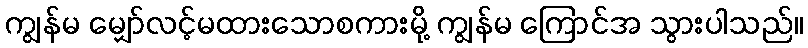
ကျွန်မ မျှော်လင့်မထားသောစကားမို့ ကျွန်မ ကြောင်အ သွားပါသည်။